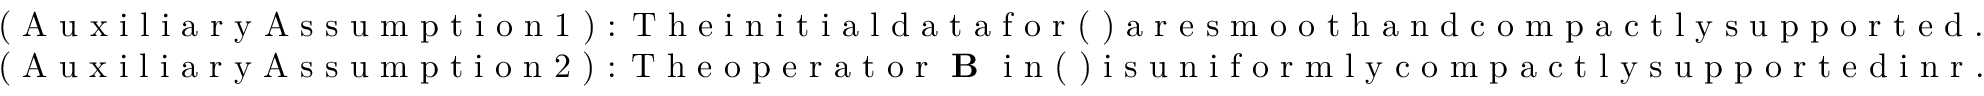
\begin{array} { r } { \textrm { ( A u x i l i a r y A s s u m p t i o n 1 ) : T h e i n i t i a l d a t a f o r ( ) a r e s m o o t h a n d c o m p a c t l y s u p p o r t e d . } } \\ { \textrm { ( A u x i l i a r y A s s u m p t i o n 2 ) : T h e o p e r a t o r { \bf B } i n ( ) i s u n i f o r m l y c o m p a c t l y s u p p o r t e d i n r . } } \end{array}